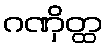
ဂဏှိတ္ထ